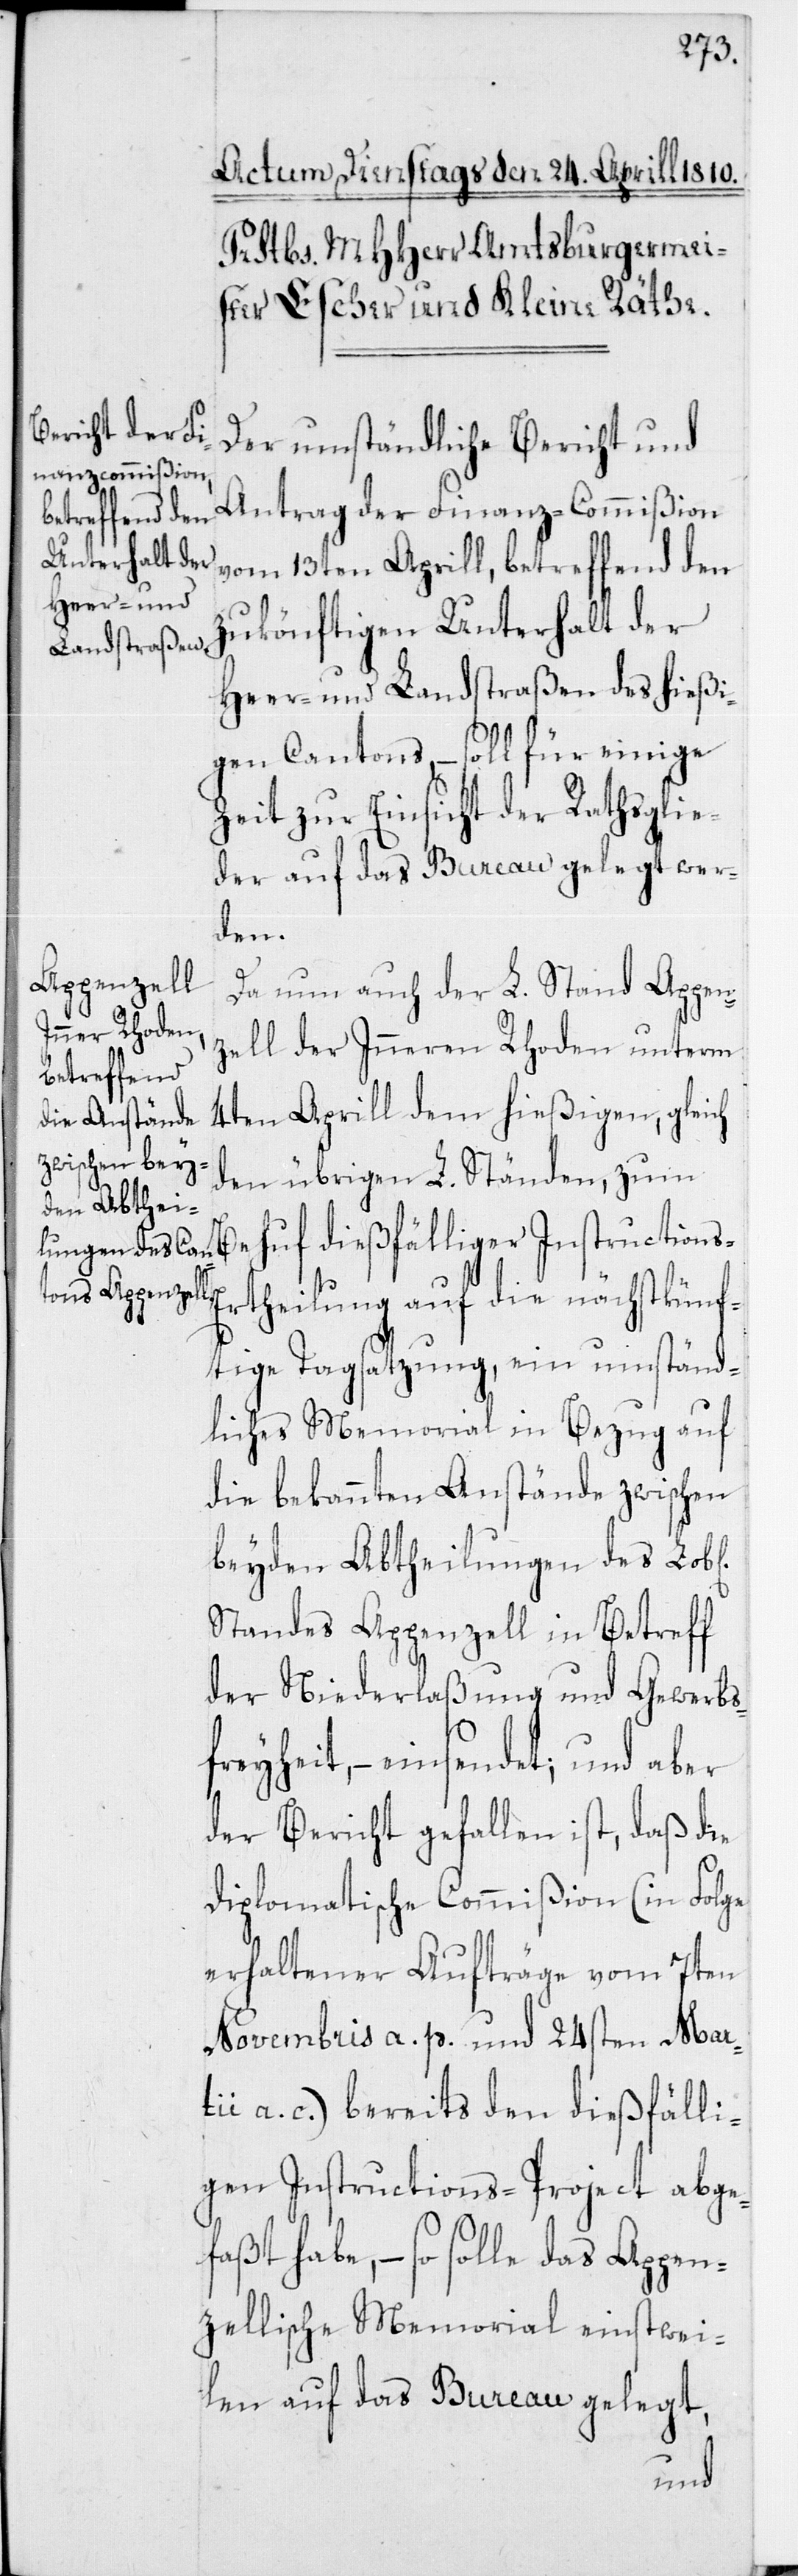
ichen]
Der umständliche Bericht und
Antrag der Finanz-Commißion
vom 13ten Aprill, betreffend den
zukönftigen Unterhalt der
Heer- und Landstraßen des hießi¬
gen Cantons, – soll für einige
Zeit zur Einsicht der Rathsglie¬
der auf das Bureau gelegt wer¬
den.
Da nun auch der L. Stand Appen¬
zell der Inneren Rhoden unterm
4ten Aprill dem hießigen, gleich
den übrigen L. Ständen, zum
Instructions-Ertheilung auf die nächstkünf¬
tige Tagsatzung, ein umständ¬
liches Memorial in Bezug auf
die bekannten Anstände zwischen
beyden Abtheilungen des Lob[l¬
Standes Appenzell in Betreff
der Niederlaßung und Gewerbs¬
freyheit, – einsendet; und aber
der Bericht gefallen ist, daß der
Diplomatischen Commißion (in Folge
erhaltener Aufträge vom 7ten
Novembris a. p. und 24sten Mart¬
ii a. c.) bereits den dießfälli¬
gen Instructions-Project abge¬
faßt habe, – so solle das Appen¬
zellische Memorial einstwei¬
len auf das Bureau gelegt,